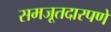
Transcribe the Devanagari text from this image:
समजूतदारपणे